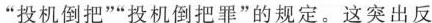
”投机倒把””投机倒把罪”的规定。这突出反